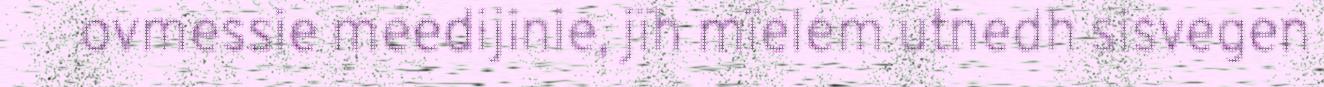
ovmessie meedijinie, jïh mïelem utnedh sisvegen